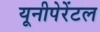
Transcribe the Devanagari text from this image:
यूनीपेरेंटल